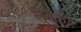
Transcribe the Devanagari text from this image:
लुबुको